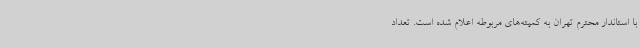
با استاندار محترم تهران به کمیته‌های مربوطه اعلام شده است. تعداد